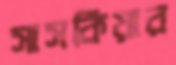
সাসকিয়ার